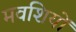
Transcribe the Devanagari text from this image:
मवशियों